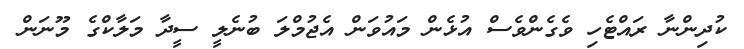
ކުދިންނާ ރައްޓެހި ވެގެންވެސް އުޅެން މައުވަން އެޖުމްލަ ބުނެލީ ސީދާ މަލާކްގެ މޫނަން